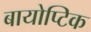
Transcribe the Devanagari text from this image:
बायोप्टिक